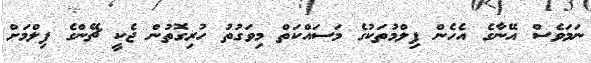
ނަމަވެސް އޭނާގެ އެހެން ފިލްމުތަކުގެ މަސައްކަތް މިވަގުތު ހުރިގޮތުން ޖެކީ ޗޭންގެ ފިލްމަށް